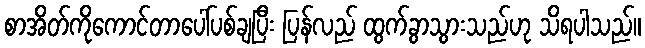
စာအိတ်ကိုကောင်တာပေါ်ပစ်ချပြီး ပြန်လည် ထွက်ခွာသွားသည်ဟု သိရပါသည်။